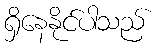
ရှိနေနိုင်ပါသည်